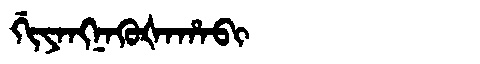
Manchu: ᡤᡳᠶᠠᠩᠨᠠᡴᡠᡧᠠᡥᠠᠪᡳ
Romanization: GIYANGNAKUŠAHABI